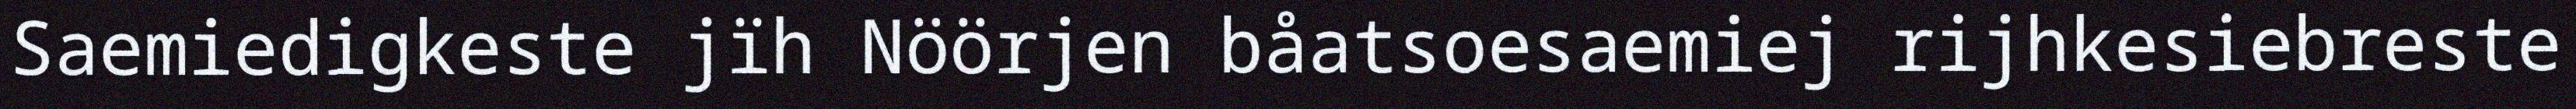
Saemiedigkeste jïh Nöörjen båatsoesaemiej rijhkesiebreste